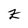
Character: z